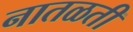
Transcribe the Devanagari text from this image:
नातळती